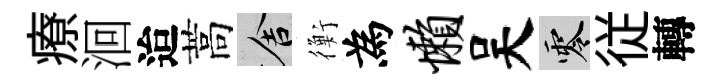
療洄迨蒿舍衡為懒吴零従轉